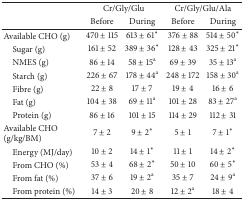
|  | <COLSPAN=2> Cr/Gly/Glu | <COLSPAN=2> Cr/Gly/Glu/Ala |
 |  | Before | During | Before | During |
 | --- | --- | --- | --- | --- |
 | Available CHO (g) | 470 ± 115 | 613 ± 61∗ | 376 ± 88 | 514 ± 50∗ |
 | Sugar (g) | 161 ± 52 | 389 ± 36∗ | 128 ± 43 | 325 ± 21∗ |
 | NMES (g) | 86 ± 14 | 58 ± 15a | 69 ± 39 | 35 ± 13a |
 | Starch (g) | 226 ± 67 | 178 ± 44a | 248 ± 172 | 158 ± 30a |
 | Fibre (g) | 22 ± 8 | 17 ± 7 | 19 ± 4 | 16 ± 6 |
 | Fat (g) | 104 ± 38 | 69 ± 11a | 101 ± 28 | 83 ± 27a |
 | Protein (g) | 86 ± 16 | 101 ± 15 | 114 ± 29 | 112 ± 31 |
 | Available CHO (g/kg/BM) | 7 ± 2 | 9 ± 2∗ | 5 ± 1 | 7 ± 1∗ |
 | Energy (MJ/day) | 10 ± 2 | 14 ± 1∗ | 11 ± 1 | 14 ± 2∗ |
 | From CHO (%) | 53 ± 4 | 68 ± 2∗ | 50 ± 10 | 60 ± 5∗ |
 | From fat (%) | 37 ± 6 | 19 ± 2a | 35 ± 7 | 24 ± 9a |
 | From protein (%) | 14 ± 3 | 20 ± 8 | 12 ± 2a | 18 ± 4 |